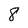
Character: 8